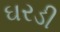
ઘરડી